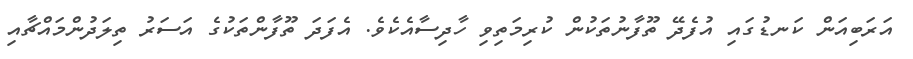
އަރަބިއަން ކަނޑުގައި އުފެދޭ ތޫފާނުތަކުން ކުރިމަތިވި ހާދިސާއެކެވެ. އެފަދަ ތޫފާންތަކުގެ އަސަރު ތިލަދުންމައްޗާއި